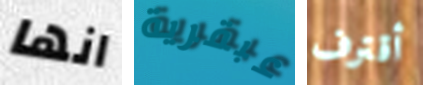
انها عبقرية أقترف